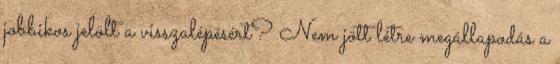
jobbikos jelölt a visszalépésért? Nem jött létre megállapodás a